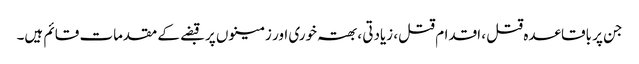
جن پر باقاعدہ قتل ، اقدام قتل، زیادتی ،بھتہ خوری اور زمینوں پر قبضے کے مقدمات قائم ہیں۔